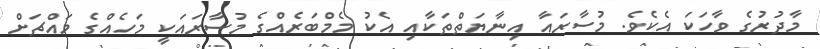
މާދުރުގެ ވާހަކަ އެކެވެ. މުސާރައާ އިނާޔަތްތަކާއި އެކު މެމްބަރެއްގެ މުސާރައަކީ މަހެއްގެ މައްޗަށް